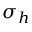
\sigma _ { h }